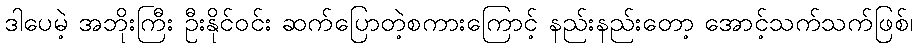
ဒါပေမဲ့ အဘိုးကြီး ဦးနိုင်ဝင်း ဆက်ပြောတဲ့စကားကြောင့် နည်းနည်းတော့ အောင့်သက်သက်ဖြစ်၊